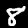
Digit: 8